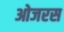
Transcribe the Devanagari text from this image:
ओजरस